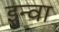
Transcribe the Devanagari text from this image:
इन्वा